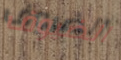
الضيوف